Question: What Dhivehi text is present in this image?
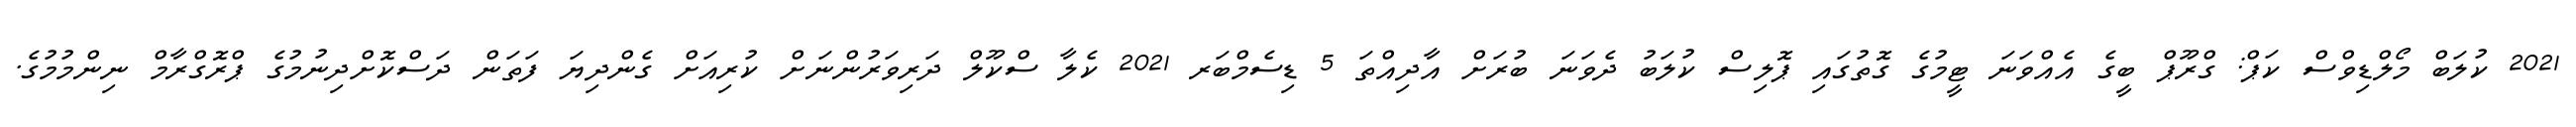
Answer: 2021 ކުލަބް މޯލްޑިވްސް ކަޕް: ގްރޫޕް ބީގެ އެއްވަނަ ޓީމުގެ ގޮތުގައި ޕޮލިސް ކުލަބު ދެވަނަ ބުރަށް އާދިއްތަ 5 ޑިސެމްބަރ 2021 ކެލާ ސްކޫލް ދަރިވަރުންނަށް ކުރިއަށް ގެންދިޔަ ފަތަން ދަސްކޮށްދިނުމުގެ ޕްރޮގްރާމް ނިންމުމުގެ.